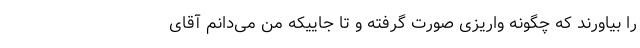
را بیاورند که چگونه واریزی صورت گرفته و تا جاییکه من می‌دانم آقای